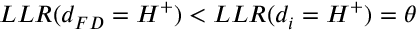
L L R ( d _ { F D } = H ^ { + } ) < L L R ( d _ { i } = H ^ { + } ) = \theta